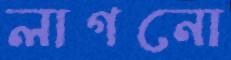
লাগনো